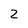
Character: 2